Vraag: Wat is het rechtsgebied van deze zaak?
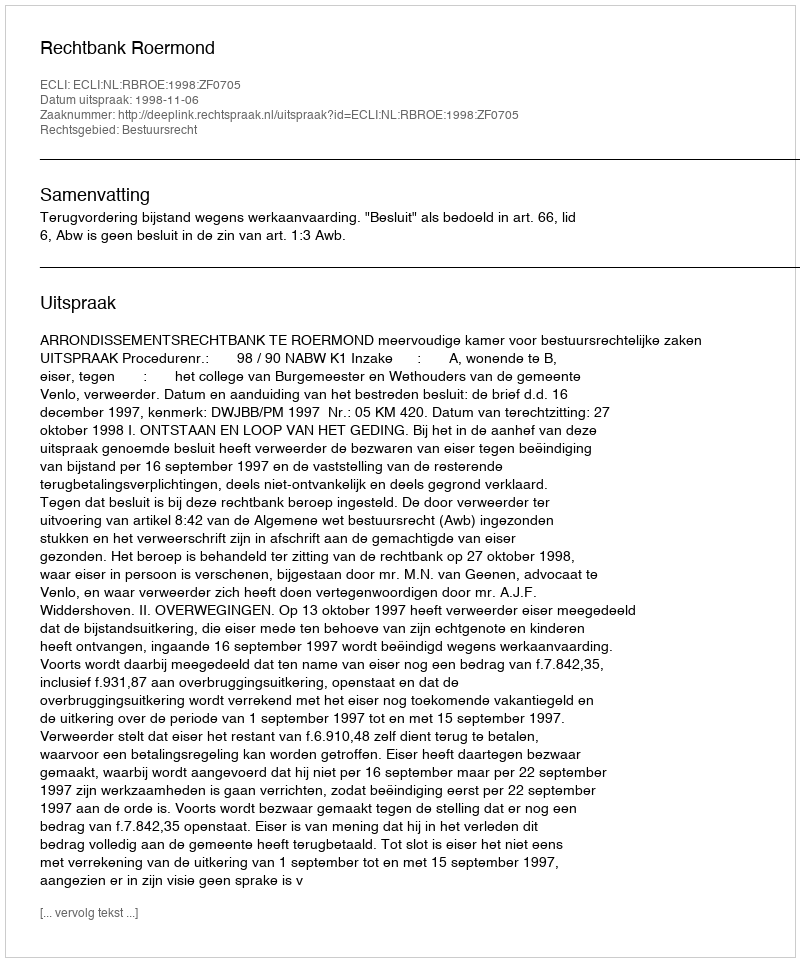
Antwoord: Bestuursrecht